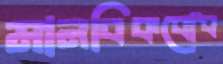
মানবিকবোধ